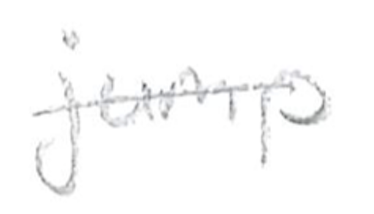
Text: jump
Cross-out: single-line
Writing tool: pencil